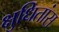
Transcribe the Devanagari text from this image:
क्षुधितांस